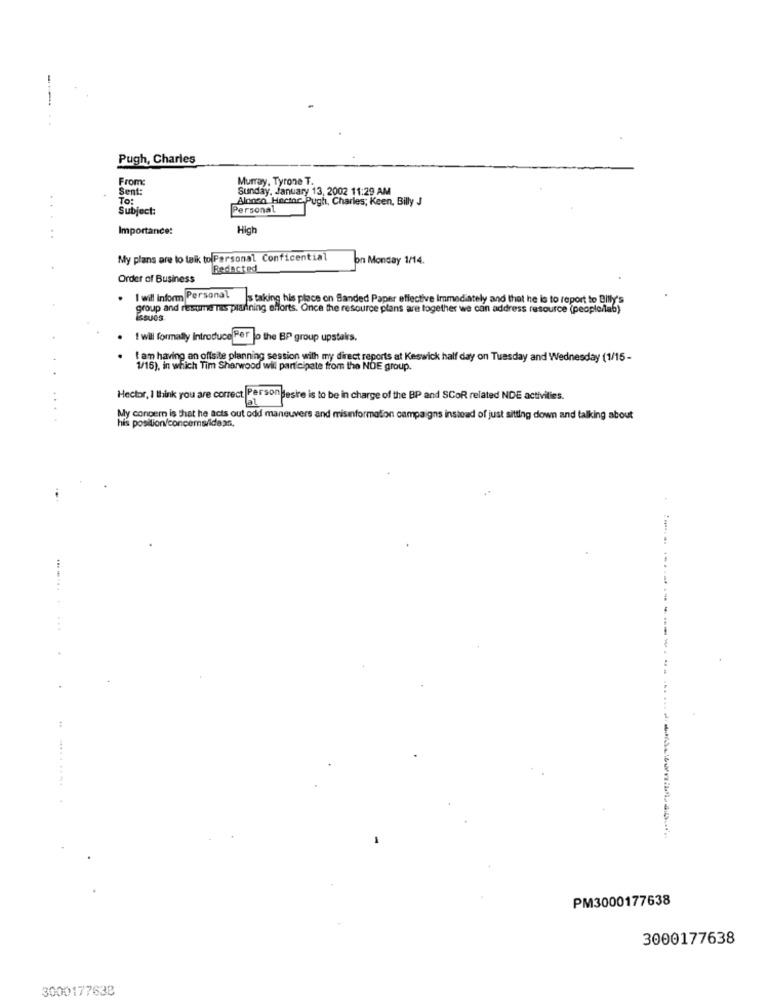
Pugh, Charles
From:
Murray, Tyrone T.
Sent:
Sunday, January 13, 2002 11:29 AM
To:
Alanen Hectar Pugh, Charles; Keen, Billy J
Subject:
Personal
Importance:
High
My plans are to taik to Personal Conficential
on Monday 1/14.
Redacted
Order of Business
I will inform Personal
's taking his place on Banded Paper effective Immediately and that he is to report to Billy's
group and resume Tes planning efforts. Once the resource plans are together we can address resource (people/lab)
. I wil formally Introduce Per lo the BP group upstairs.
. I am having an offsite planning session with my direct reports at Keswick half day on Tuesday and Wednesday (1/15-
1/15), in which Tim Sharwood will participate from the NDE group.
Hector, I think you are correct Person lesire is to be in charge of the BP and SCoR related NDE activities.
My concern is that he acts out odd maneuvers and misinformation campaigns instead of just sitting down and talking about
his position/concems/ideas,
........ . ...
-
PM3000177638
3000177638
3000177638